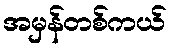
အမှန်တစ်ကယ်